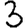
Digit: 3